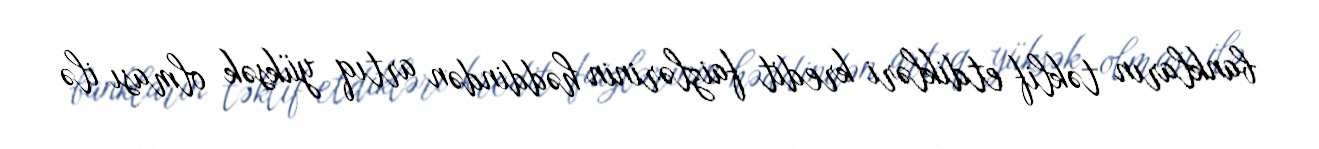
bankların təklif etdikləri kredit faizlərinin həddindən artıq yüksək olması ilə